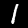
Digit: 1